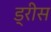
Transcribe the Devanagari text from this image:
ड्रीस